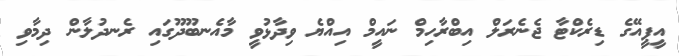
އީޕީއޭގެ ޑިރެކްޓާ ޖެނެރަލް އިބްރާހިމް ނައީމް އިއްޔެ ވިދާޅުވީ މާއެނބޫދޫގައި ރެނދުލާން ދިމާވި